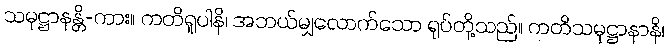
သမုဋ္ဌာနန္တိ-ကား။ ကတိရူပါနိ၊ အဘယ်မျှလောက်သော ရုပ်တို့သည်။ ကတိသမုဋ္ဌာနာနိ၊